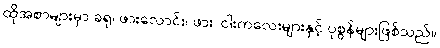
ထိုအစာများမှာ ခရု၊ ဖားလောင်း၊ ဖား၊ ငါးကလေးများနှင့် ပုစွန်များဖြစ်သည်။